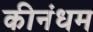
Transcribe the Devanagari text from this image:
कीनंधम